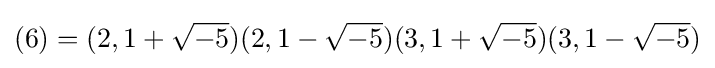
(6)=(2,1+{\sqrt {-5}})(2,1-{\sqrt {-5}})(3,1+{\sqrt {-5}})(3,1-{\sqrt {-5}})